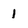
Character: 1